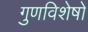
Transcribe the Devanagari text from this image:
गुणविशेषों